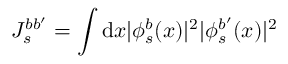
J _ { s } ^ { b b ^ { \prime } } = \int \mathrm { d } x | \phi _ { s } ^ { b } ( x ) | ^ { 2 } | \phi _ { s } ^ { b ^ { \prime } } ( x ) | ^ { 2 }